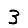
Digit: 3